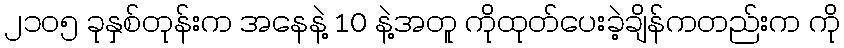
၂၁၀၅ ခုနှစ်တုန်းက အနေနဲ့ 10 နဲ့အတူ ကိုထုတ်ပေးခဲ့ချိန်ကတည်းက ကို